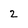
Character: 2